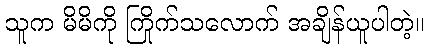
သူက မိမိကို ကြိုက်သလောက် အချိန်ယူပါတဲ့။